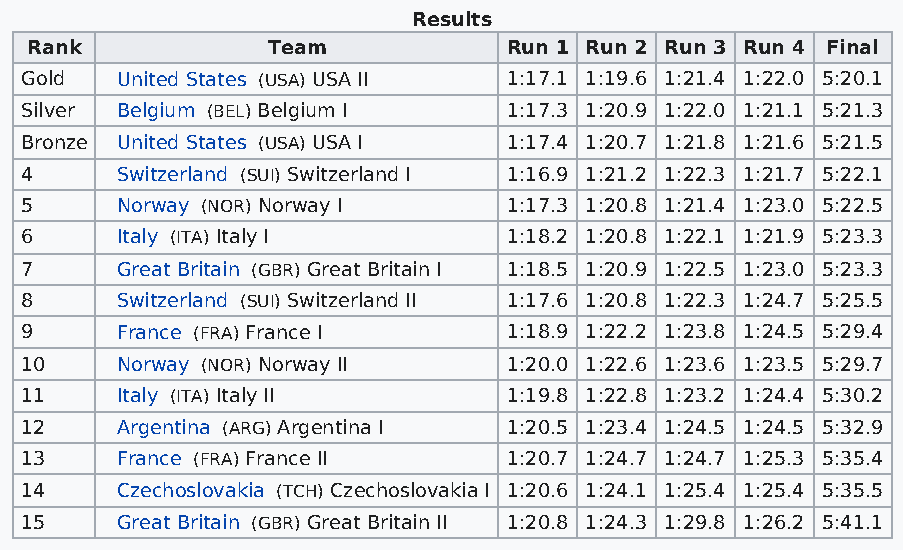
Results
 Rank            Team            Run 1 Run 2 Run 3 Run 4 Final
 Gold   United States (USA) USA II 1:17.1 1:19.6 1:21.4 1:22.0 5:20.1
 Silver Belgium (BEL) Belgium I   1:17.3 1:20.9 1:22.0 1:21.1 5:21.3
 Bronze United States (USA) USA I 1:17.4 1:20.7 1:21.8 1:21.6 5:21.5
 4      Switzerland (SUI) Switzerland I 1:16.9 1:21.2 1:22.3 1:21.7 5:22.1
 5      Norway (NOR) Norway I     1:17.3 1:20.8 1:21.4 1:23.0 5:22.5
 6      Italy (ITA) Italy I       1:18.2 1:20.8 1:22.1 1:21.9 5:23.3
 7      Great Britain (GBR) Great Britain I 1:18.5 1:20.9 1:22.5 1:23.0 5:23.3
 8      Switzerland (SUI) Switzerland II 1:17.6 1:20.8 1:22.3 1:24.7 5:25.5
 9      France (FRA) France I     1:18.9 1:22.2 1:23.8 1:24.5 5:29.4
 10     Norway (NOR) Norway II    1:20.0 1:22.6 1:23.6 1:23.5 5:29.7
 11     Italy (ITA) Italy II      1:19.8 1:22.8 1:23.2 1:24.4 5:30.2
 12     Argentina (ARG) Argentina I 1:20.5 1:23.4 1:24.5 1:24.5 5:32.9
 13     France (FRA) France II    1:20.7 1:24.7 1:24.7 1:25.3 5:35.4
 14     Czechoslovakia (TCH) Czechoslovakia I 1:20.6 1:24.1 1:25.4 1:25.4 5:35.5
 15     Great Britain (GBR) Great Britain II 1:20.8 1:24.3 1:29.8 1:26.2 5:41.1